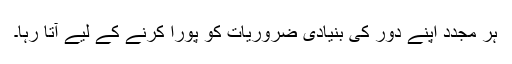
ہر مجدد اپنے دور کی بنیادی ضروریات کو پورا کرنے کے لیے آتا رہا۔